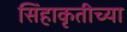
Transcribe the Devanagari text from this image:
सिंहाकृतीच्या